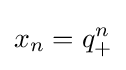
x_{n}=q_{+}^{n}